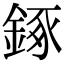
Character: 𨧧